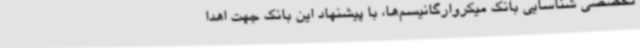
تخصصی شناسایی بانک میکروارگانیسم‌ها، با پیشنهاد این بانک جهت اهدا